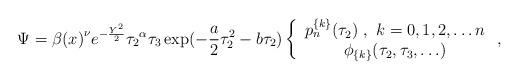
LaTeX: \begin{align*}\Psi={\beta(x)}^{\nu} e^{-\frac{Y^2}{2}}{\tau_2}^{\alpha} \tau_3\exp(-\frac{a}{2}\tau_2^2-b\tau_2)\left\{\begin{array}{c}p_n^{\{k\}} (\tau_2)\ ,\ k=0,1,2,\ldots n\\\phi_{\{k\}} (\tau_2,\tau_3,\ldots)\end{array}\ ,\right.\end{align*}